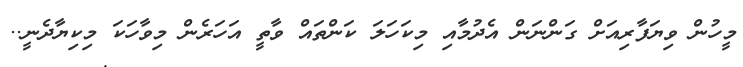
މީހުން ވިޔަފާރިއަށް ގަންނަން އެދުމާއި މިކަހަލަ ކަންތައް ވާތީ އަހަރެން މިވާހަކަ މިކިޔާދެނީ..